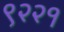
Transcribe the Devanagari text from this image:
९२२१